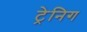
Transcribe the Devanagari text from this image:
ट्रेनिग